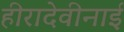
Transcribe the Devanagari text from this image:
हीरादेवीनाई